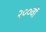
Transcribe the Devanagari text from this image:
२००वॉ